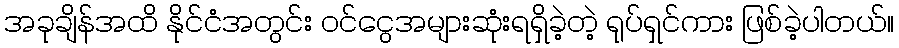
အခုချိန်အထိ နိုင်ငံအတွင်း ဝင်ငွေအများဆုံးရရှိခဲ့တဲ့ ရုပ်ရှင်ကား ဖြစ်ခဲ့ပါတယ်။